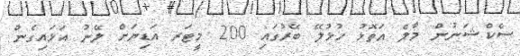
ސެކްޝަނުން މާލެ އަތޮޅު ހުޅުލޭ ބޭރުގައި 200 މީޓަރ އަޑިޔަށް ލޭނު އަޅައިގެން